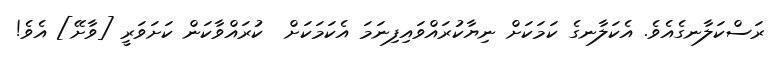
ރަސްކަލާނގެއެވެ. އެކަލާނގެ ކަމަކަށް ނިޔާކުރައްވައިފިނަމަ އެކަމަކަށް  ކުރައްވާކަން ކަށަވަރީ [ވާށޭ] އެވެ!